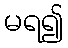
မရ၍